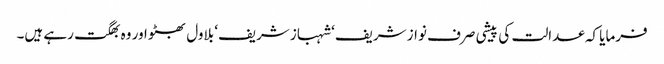
فرمایا کہ عدالت کی پیشی صرف نواز شریف‘ شہباز شریف‘ بلاول بھٹو اور وہ بھگت رہے ہیں۔